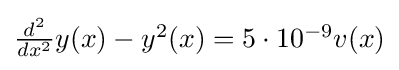
{\textstyle {\frac {d^{2}}{dx^{2}}}y(x)-y^{2}(x)=5\cdot 10^{-9}v(x)}